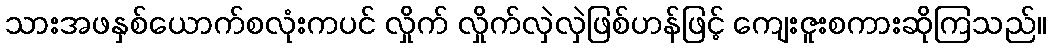
သားအဖနှစ်ယောက်စလုံးကပင် လှိုက် လှိုက်လှဲလှဲဖြစ်ဟန်ဖြင့် ကျေးဇူးစကားဆိုကြသည်။